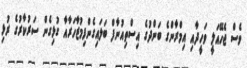
ވެސް ޖެހޭއަލީ ވަހީދާއި އިމްރާންގެ ބަންދުގެ އިސްތިއުނާފް ބަލައިގެންފިމުޒާހަރާއާ ގުޅިގެން ސަރުކާރުގެ ރުޅި